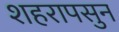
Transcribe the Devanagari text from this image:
शहरापसुन